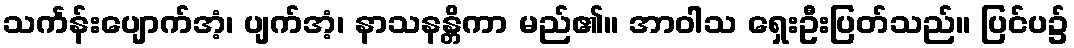
သင်္ကန်းပျောက်အံ့၊ ပျက်အံ့၊ နာသနန္တိကာ မည်၏။ အာဝါသ ရှေးဦးပြတ်သည်။ ပြင်ပ၌